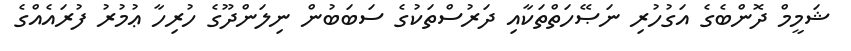
ޝަމީމް ދޮންބެގެ އަގުހުރި ނަޞޭހަތްތަކާއި ދަރުސްތަކުގެ ސަބަބުން ނިލަންދޫގެ ހުރިހާ ޢުމުރު ފުރައެއްގެ